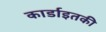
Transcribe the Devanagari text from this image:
कार्डाइतकी